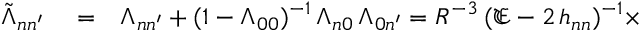
\begin{array} { r l r } { \tilde { \Lambda } _ { \mathfrak { n } \mathfrak { n ^ { \prime } } } } & { { } = } & { \Lambda _ { \mathfrak { n } \mathfrak { n ^ { \prime } } } + ( 1 - \Lambda _ { 0 0 } ) ^ { - 1 } \, \Lambda _ { \mathfrak { n } \mathfrak { 0 } } \, \Lambda _ { \mathfrak { 0 } \mathfrak { n ^ { \prime } } } = R ^ { - 3 } \, ( \mathfrak { E } - 2 \, h _ { \mathfrak { n } \mathfrak { n } } ) ^ { - 1 } \times } \end{array}